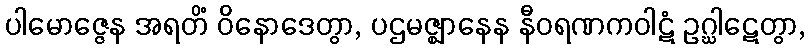
ပါမောဇ္ဇေန အရတိံ ဝိနောဒေတွာ, ပဌမဇ္ဈာနေန နီဝရဏကဝါဋံ ဥဂ္ဃါဋေတွာ,